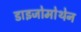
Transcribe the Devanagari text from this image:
डाइजोमोथेन